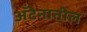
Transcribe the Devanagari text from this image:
अँटेनातील